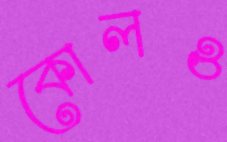
কোলও